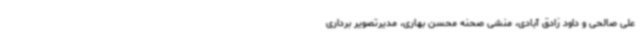
علی صالحی و داود زادق آبادی، منشی صحنه محسن بهاری، مدیرتصویر برداری